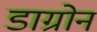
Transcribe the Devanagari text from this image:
डाग्रोन